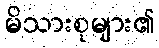
မိသားစုများ၏